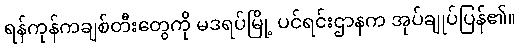
ရန်ကုန်ကချစ်တီးတွေကို မဒရပ်မြို့ ပင်ရင်းဌာနက အုပ်ချုပ်ပြန်၏။